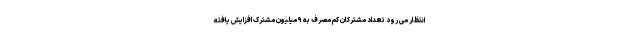
انتظار می رود تعداد مشترکان کم مصرف به ۹ میلیون مشترک افزایش یافته